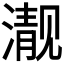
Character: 𪷍